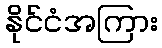
နိုင်ငံအကြား